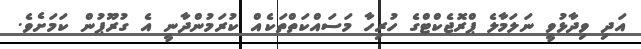
އަދި ވިދާޅުވީ ނަލަމާލެ ޕްރޮޖެކްޓްގެ ހުރިހާ މަސައްކަތްތަކެއް ކުރަމުންދާނީ އެ ގުރޫޕުން ކަމަށެވެ.